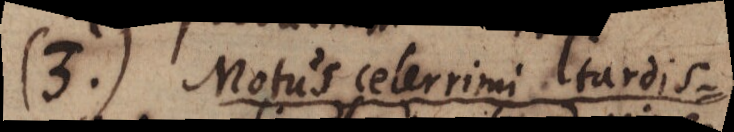
(3.) Motus celerrimi tardis-